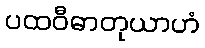
ပထဝီဓာတုယာဟံ